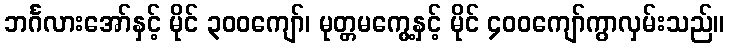
ဘင်္ဂလားအော်နှင့် မိုင် ၃၀၀ကျော်၊ မုတ္တမကွေ့နှင့် မိုင် ၄၀၀ကျော်ကွာလှမ်းသည်။